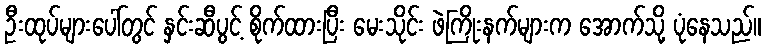
ဦးထုပ်များပေါ်တွင် နှင်းဆီပွင့် စိုက်ထားပြီး မေးသိုင်း ဖဲကြိုးနက်များက အောက်သို့ ပုံနေသည်။